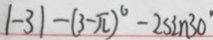
\vert - 3 \vert - ( 3 - \pi ) ^ { 6 } - 2 \sin 3 0 ^ { \circ }